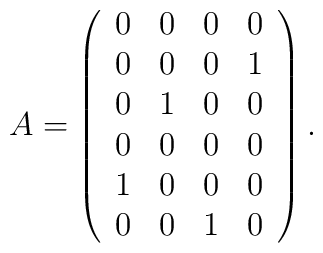
A=\left(\begin{array}{cccc}0&0&0&0\\0&0&0&1\\0&1&0&0\\0&0&0&0\\1&0&0&0\\0&0&1&0\end{array} \right).